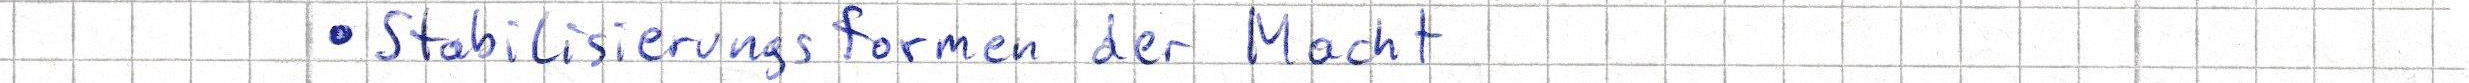
Stabilisierungsformen der Macht